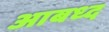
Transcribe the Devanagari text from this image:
आबध्द